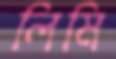
লিমি